Lunatic asylums Central Provinces reports 1886-1894 - 1886-1894
Year: 1886
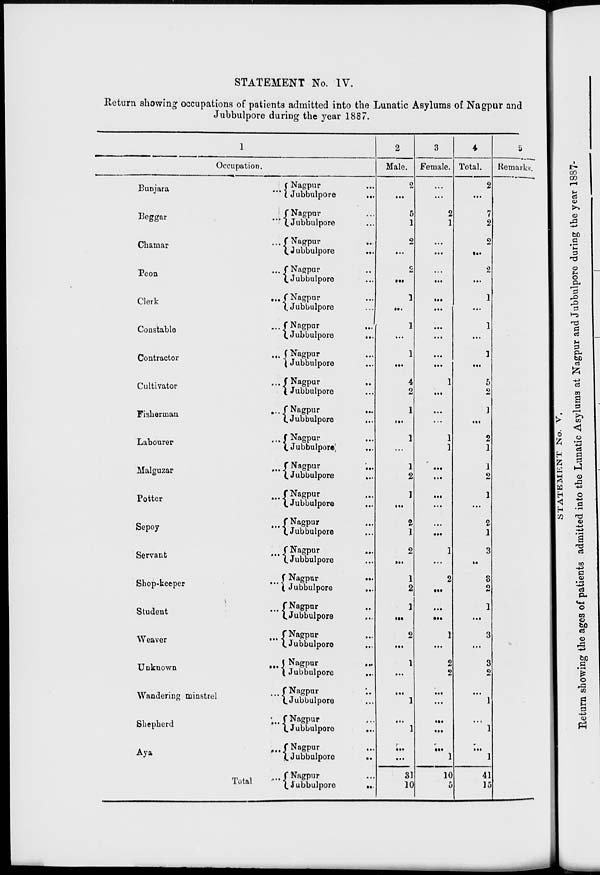
STATEMENT No. IV.
Return showing occupations of patients admitted into the Lunatic Asylums of Nagpur and
Jubbulpore during the year 1887.
1
Occupation.
Bunjara ...
Beggar ...
Chamar ...
Peon ...
Clerk ...
Constable ...
Contractor
...
Cultivator ...
Fisherman
...
Labourer ...
Malguzar ...
Potter
...
Sepoy
...
Servant ...
Shop-keeper
...
Student ...
Weaver
...
Unknown
...
Wandering minstrel ...
Shepherd
...
Aya
...
Total ...
Nagpur ...
Jubbulpore
...
Nagpur ...
Jubbulpore ...
Nagpur
...
Jubbulpore
...
Nagpur ...
Jubbulpore ...
Nagpur ...
Jubbulpore ...
Nagpur
...
Jubbulpore
...
Nagpur ...
Jubbulpore ...
Nagpur ...
Jubbulpore ...
Nagpur
...
Jubbulpore
...
Nagpur ...
Jubbulpore
...
Nagpur
...
Jubbulpore ...
Nagpur ...
Jubbulpore ...
Nagpur ...
Jubbulpore ...
Nagpur ...
Jubbulpore ...
Nagpur
...
Nagpur Jubbulpore
...
Nagpur ...
Jubbulpore
...
Nagpur ...
Jubbulpore
...
Nagpur
...
Jubbulpore
...
Nagpur ...
Jubbulpore ...
Nagpur ...
Jubbulpore ...
Nagpur ...
Jubbulpore
...
Nagpur ...
Jubbulpore ...
2
Male.
2
...
5
1
2
...
2
...
1
...
1
...
1
...
4
2
1
...
1
...
1
2
1
...
2
1
2
...
1
2
1
. ..
2
...
1
...
...
1
...
1
...
.. .
31
10
3
Female.
...
...
2
1
...
...
...
...
...
...
...
.. .
...
...
1
...
...
. ..
1
1
...
...
...
...
...
...
1
...
2
...
...
...
1
...
2
2
...
...
...
...
...
1
10
5
4
Total.
2
...
7
2
2
...
2
...
1
...
1
..
1
...
5
2
1
...
2
1
1
2
1
...
2
1
3
..
3
2
1
. ..
3
...
3
2
...
1
...
1
...
1
41
15
5
Remarks.